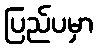
ပြည်ပမှာ